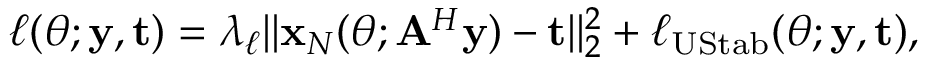
\displaystyle \ell ( \boldsymbol { \theta } ; \mathbf y , \mathbf t ) = \lambda _ { \ell } \| \mathbf x _ { N } ( \boldsymbol \theta ; \mathbf A ^ { H } \mathbf y ) - \mathbf t \| _ { 2 } ^ { 2 } + \ell _ { \mathrm { U S t a b } } ( \boldsymbol { \theta } ; \mathbf y , \mathbf t ) ,